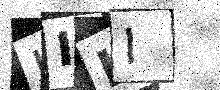
Text: IIII